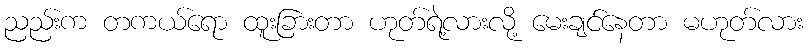
ညည်းက တကယ်ရော ထူးခြားတာ ဟုတ်ရဲ့လားလို့ မေးချင်နေတာ မဟုတ်လား